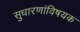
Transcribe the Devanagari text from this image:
सुधारणांविषयक